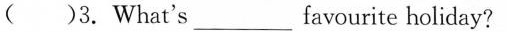
( )3. What's___favourite holiday?